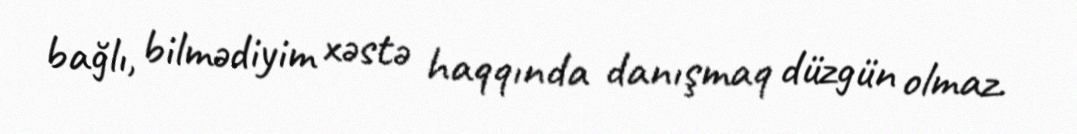
bağlı, bilmədiyim xəstə haqqında danışmaq düzgün olmaz.